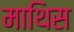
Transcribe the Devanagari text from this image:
माथिस